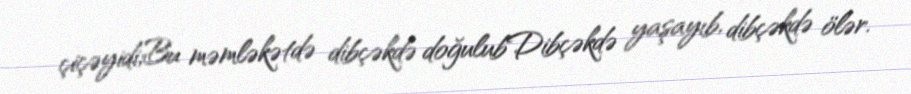
çiçəyidi;Bu məmləkətdə dibçəkdə doğulubDibçəkdə yaşayıb, dibçəkdə ölər.